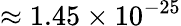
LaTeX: \approx 1.45\times 10^{-25}